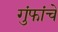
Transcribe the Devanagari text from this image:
गुंफांचे